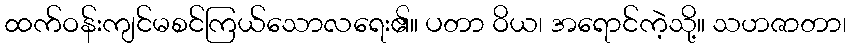
ထက်ဝန်းကျင်မစင်ကြယ်သောလရေး၏။ ပတာ ဝိယ၊ အရောင်ကဲ့သို့။ သဟဇာတာ၊